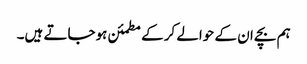
ہم بچے ان کے حوالے کرکے مطمئن ہوجاتے ہیں۔